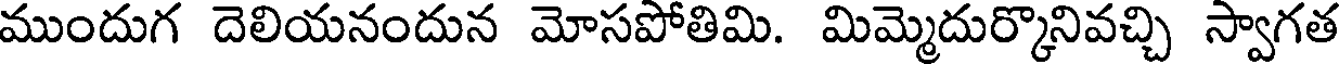
ముందుగ దెలియనందున మోసపోతిమి. మిమ్మెదుర్కొనివచ్చి స్వాగత